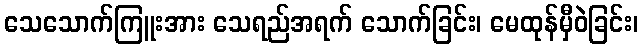
သေသောက်ကြူးအား သေရည်အရက် သောက်ခြင်း၊ မေထုန်မှီဝဲခြင်း၊